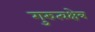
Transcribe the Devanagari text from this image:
गुरुत्वक्षेत्र